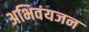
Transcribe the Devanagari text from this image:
अभिवंयजन